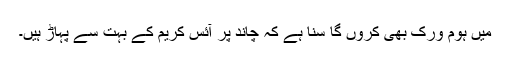
میں ہوم ورک بھی کروں گا سنا ہے کہ چاند پر آئس کریم کے بہت سے پہاڑ ہیں۔